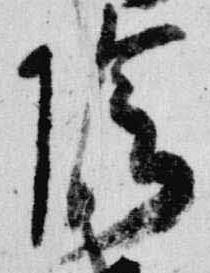
陰